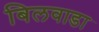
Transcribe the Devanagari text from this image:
बिलवाडा